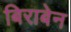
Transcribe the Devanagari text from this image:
बिराबेन